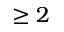
\geq 2